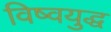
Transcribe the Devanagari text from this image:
विष्वयुद्ध